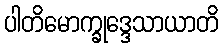
ပါတိမောက္ခုဒ္ဒေသာယာတိ